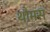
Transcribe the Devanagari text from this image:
थौमस्